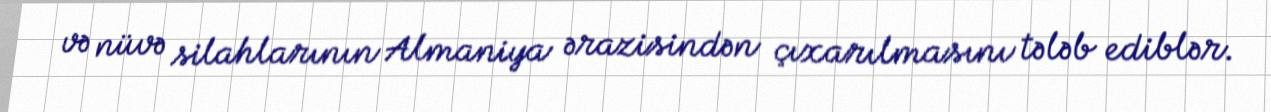
və nüvə silahlarının Almaniya ərazisindən çıxarılmasını tələb ediblər.